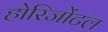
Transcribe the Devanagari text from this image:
होरिजोंटल